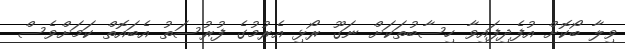
ވިލާ ބޯކޮށް އުފެދިފައިވާ ހިސާބުތަކަށް ނަގޫ ރޯޅި އެރުމުގެ ފުރުސަތު އެބައޮތް ކަމަށްވެސް